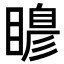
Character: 𭿙